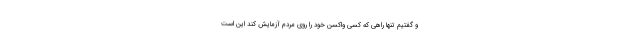
و گفتیم تنها راهی که کسی واکسن خود را روی مردم آزمایش کند این است